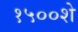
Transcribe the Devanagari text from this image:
१५००शे